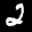
Label: 2